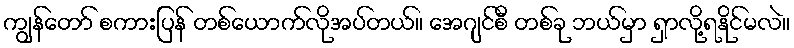
ကျွန်တော် စကားပြန် တစ်ယောက်လိုအပ်တယ်။ အေဂျင်စီ တစ်ခု ဘယ်မှာ ရှာလို့ရနိုင်မလဲ။